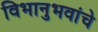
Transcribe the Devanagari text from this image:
विभानुभवांचे